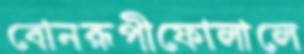
বোনরূপীফোলালে